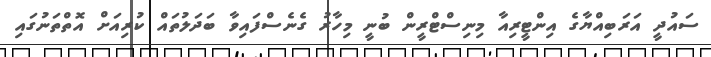
ސައުދީ އަރަބިއްޔާގެ އިންޓީރިއާ މިނިސްޓްރީން ބުނީ މިހާރު ގެނެސްފައިވާ ބަދަލުތައް ކުރިއަށް އޮތްތަނުގައި